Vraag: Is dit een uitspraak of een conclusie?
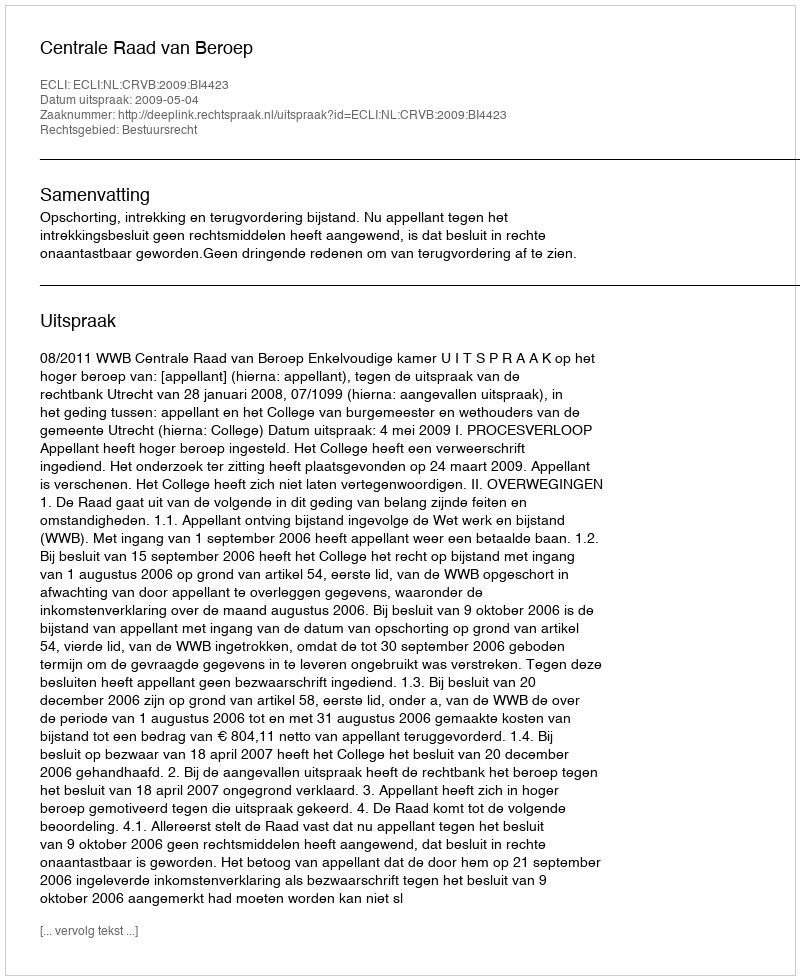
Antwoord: Uitspraak